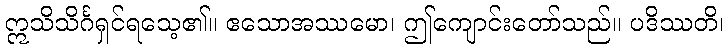
ဣသိသိင်္ဂရှင်ရသေ့၏။ ဧသောအဿမော၊ ဤကျောင်းတော်သည်။ ပဒိဿတိ၊